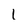
Character: I